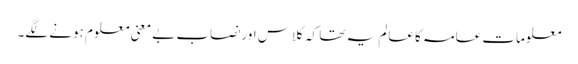
معلومات عامہ کا عالم یہ تھا کہ کلاس اور نصاب بے معنی معلوم ہونے لگے۔